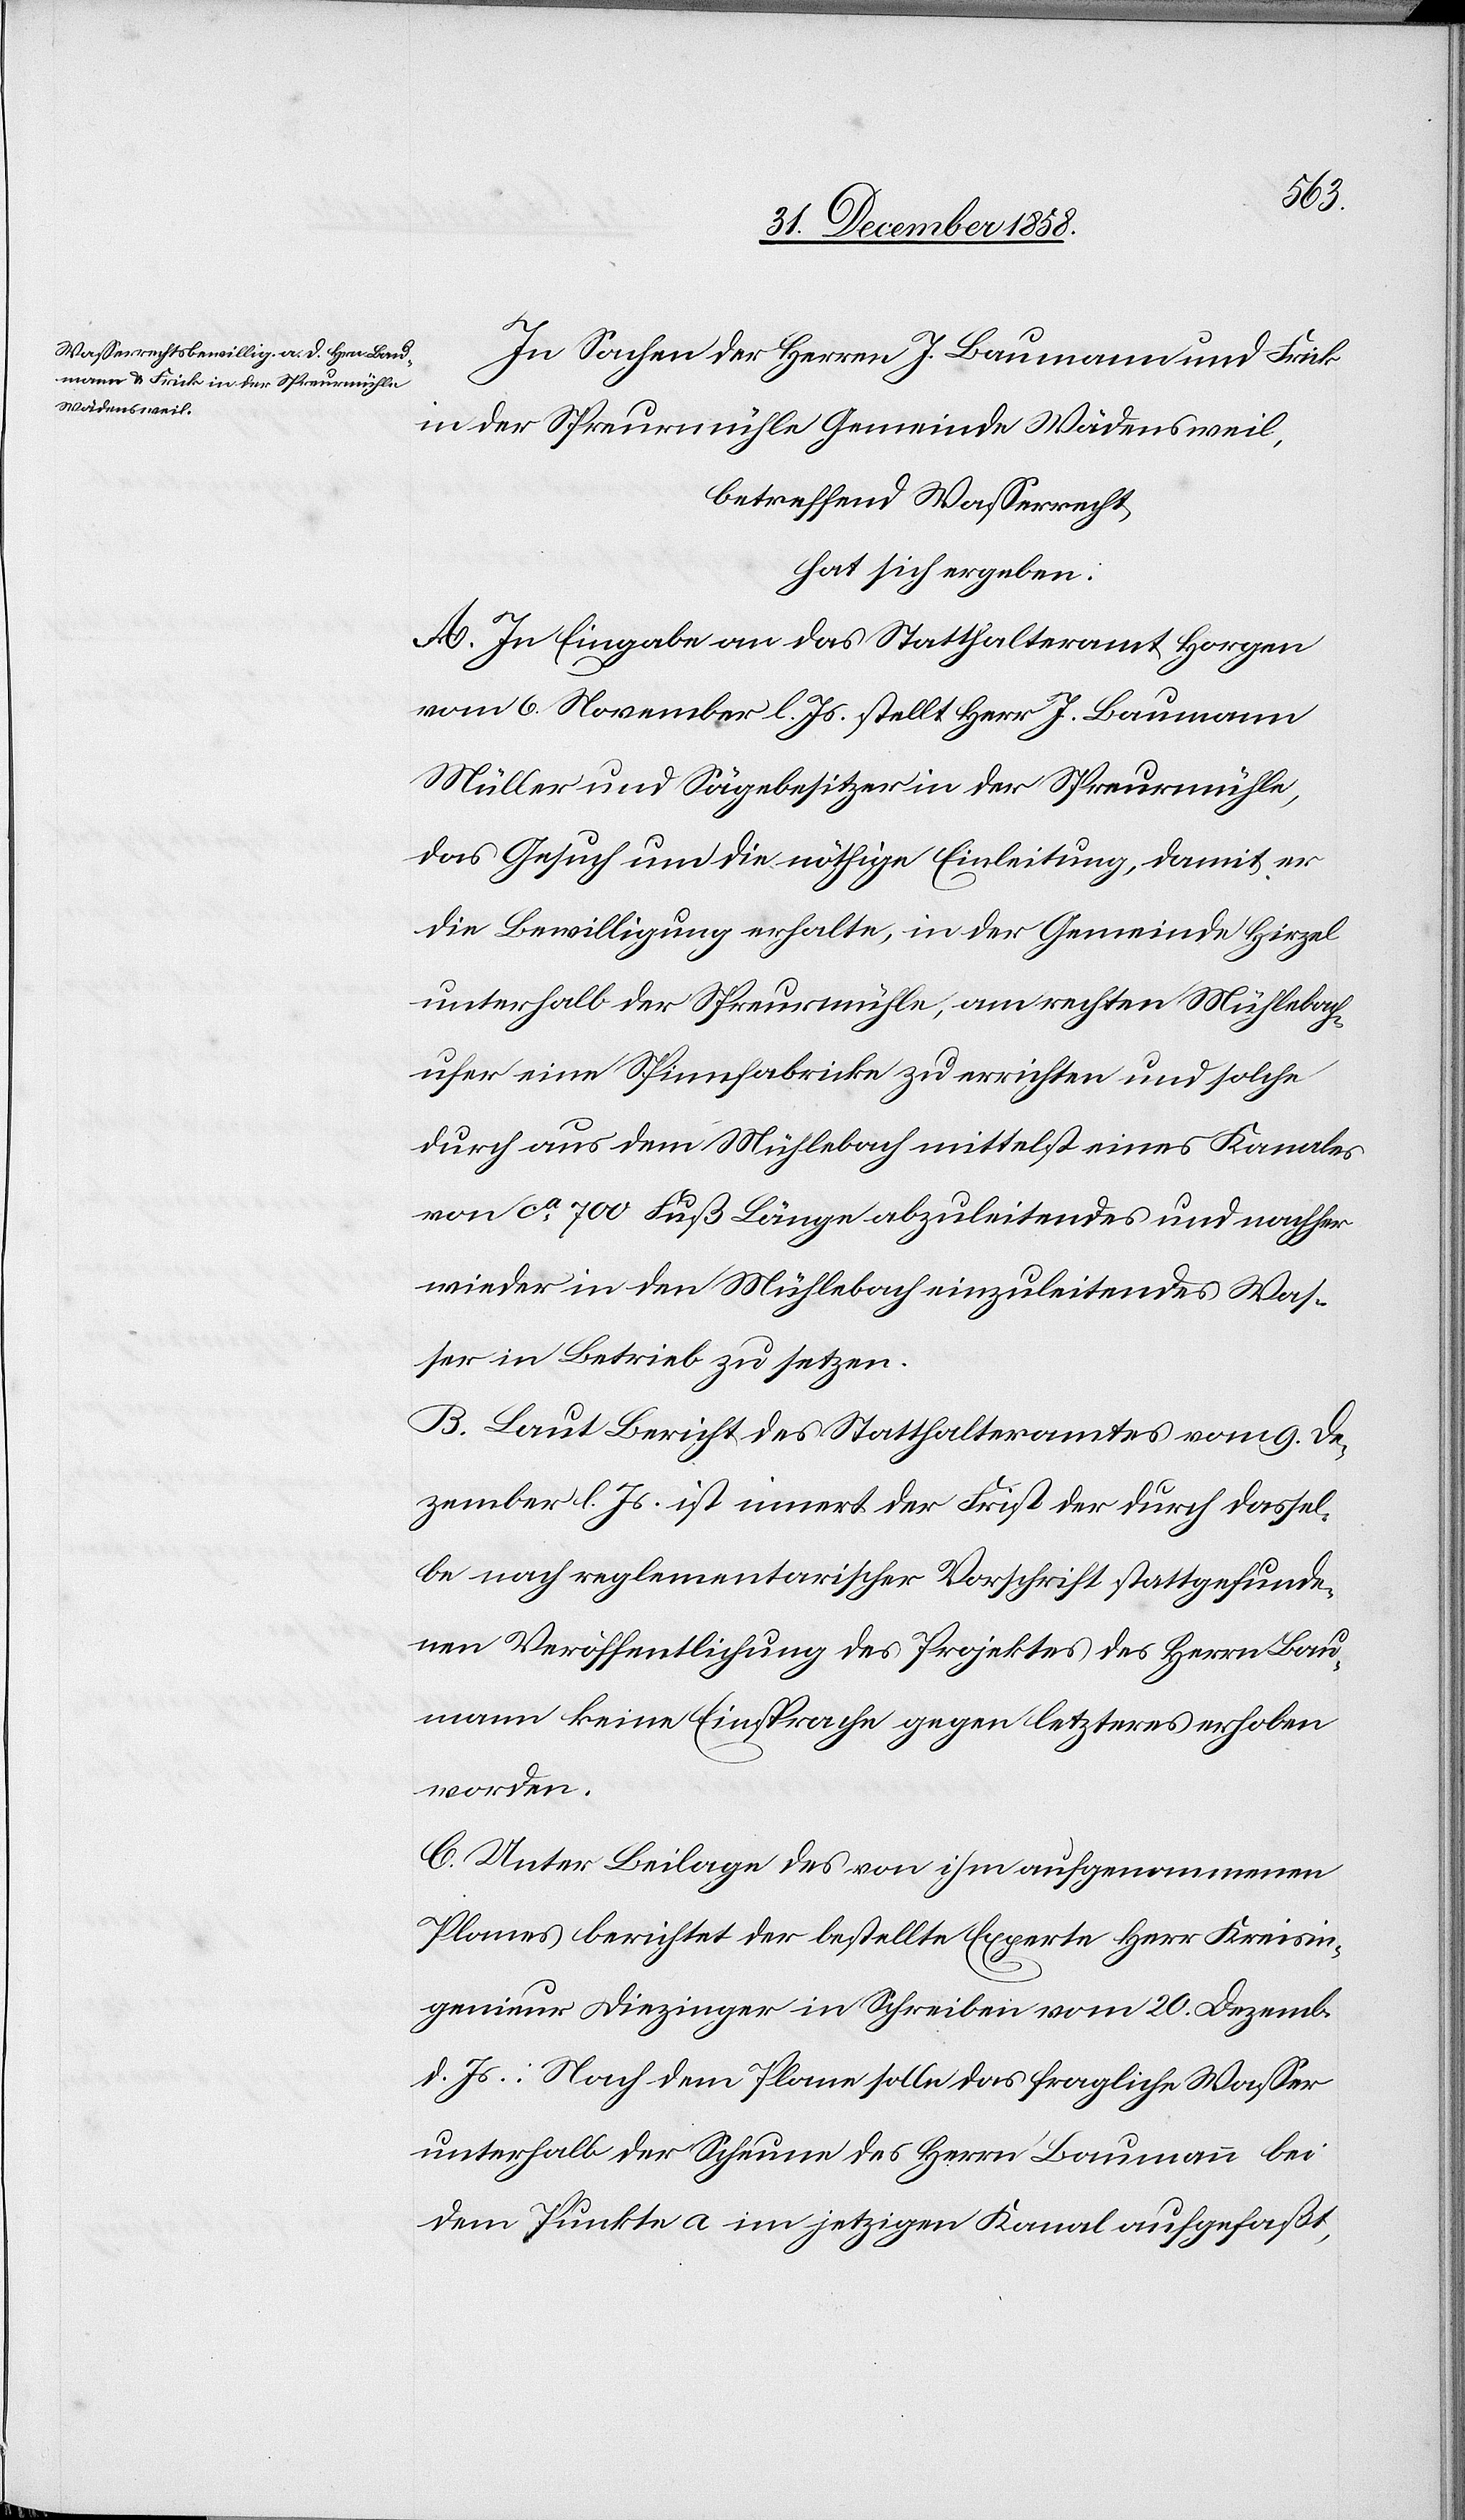
Preise
worden.